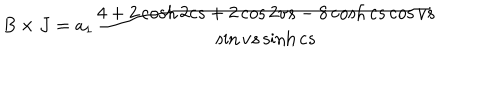
B \times J = a _ { 1 } \frac { 4 + 2 \cosh 2 c s + 2 \cos 2 v s - 8 \cosh c s \cos v s } { \sin v s \sinh c s }